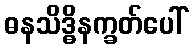
ဓနသိဒ္ဓိနက္ခတ်ပေါ်